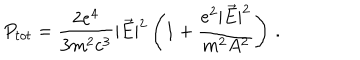
P _ { t o t } = \frac { 2 e ^ { 4 } } { 3 m ^ { 2 } c ^ { 3 } } | \vec { E } | ^ { 2 } \left( 1 + \frac { e ^ { 2 } | \vec { E } | ^ { 2 } } { m ^ { 2 } A ^ { 2 } } \right) \, { . }